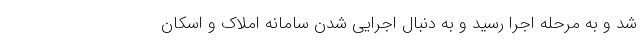
شد و به مرحله اجرا رسید و به دنبال اجرایی شدن سامانه املاک و اسکان